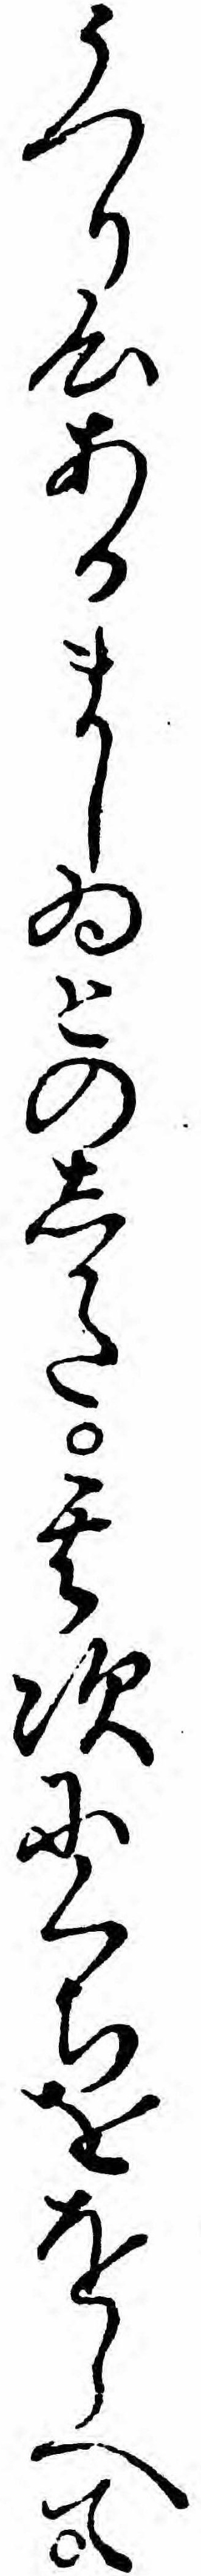
うつり心あるましゐとのしかた其次にくちををしへて